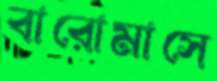
বারোমাসে